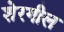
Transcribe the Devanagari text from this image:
शेरगील